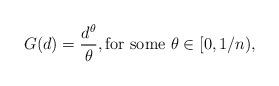
LaTeX: \begin{align*} G(d) = \frac{d^{\theta}}{\theta}, \textrm{for some } \theta \in [0,1/n),\end{align*}